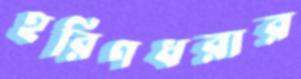
হরিণধরার